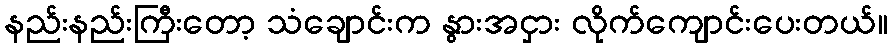
နည်းနည်းကြီးတော့ သံချောင်းက နွားအငှား လိုက်ကျောင်းပေးတယ်။